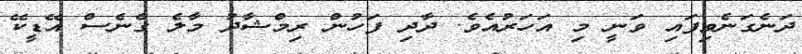
ދަނެގަނެވިފައި ވަނީ މި އަހަރުއެވެ. ދާދި ފަހުން ރިމްޝާދު މާލެ ގެނެސް އޭޑީކޭ